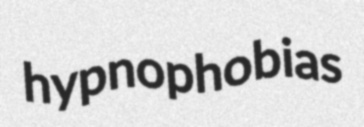
hypnophobias